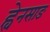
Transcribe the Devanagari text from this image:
ह्वेनसाङ